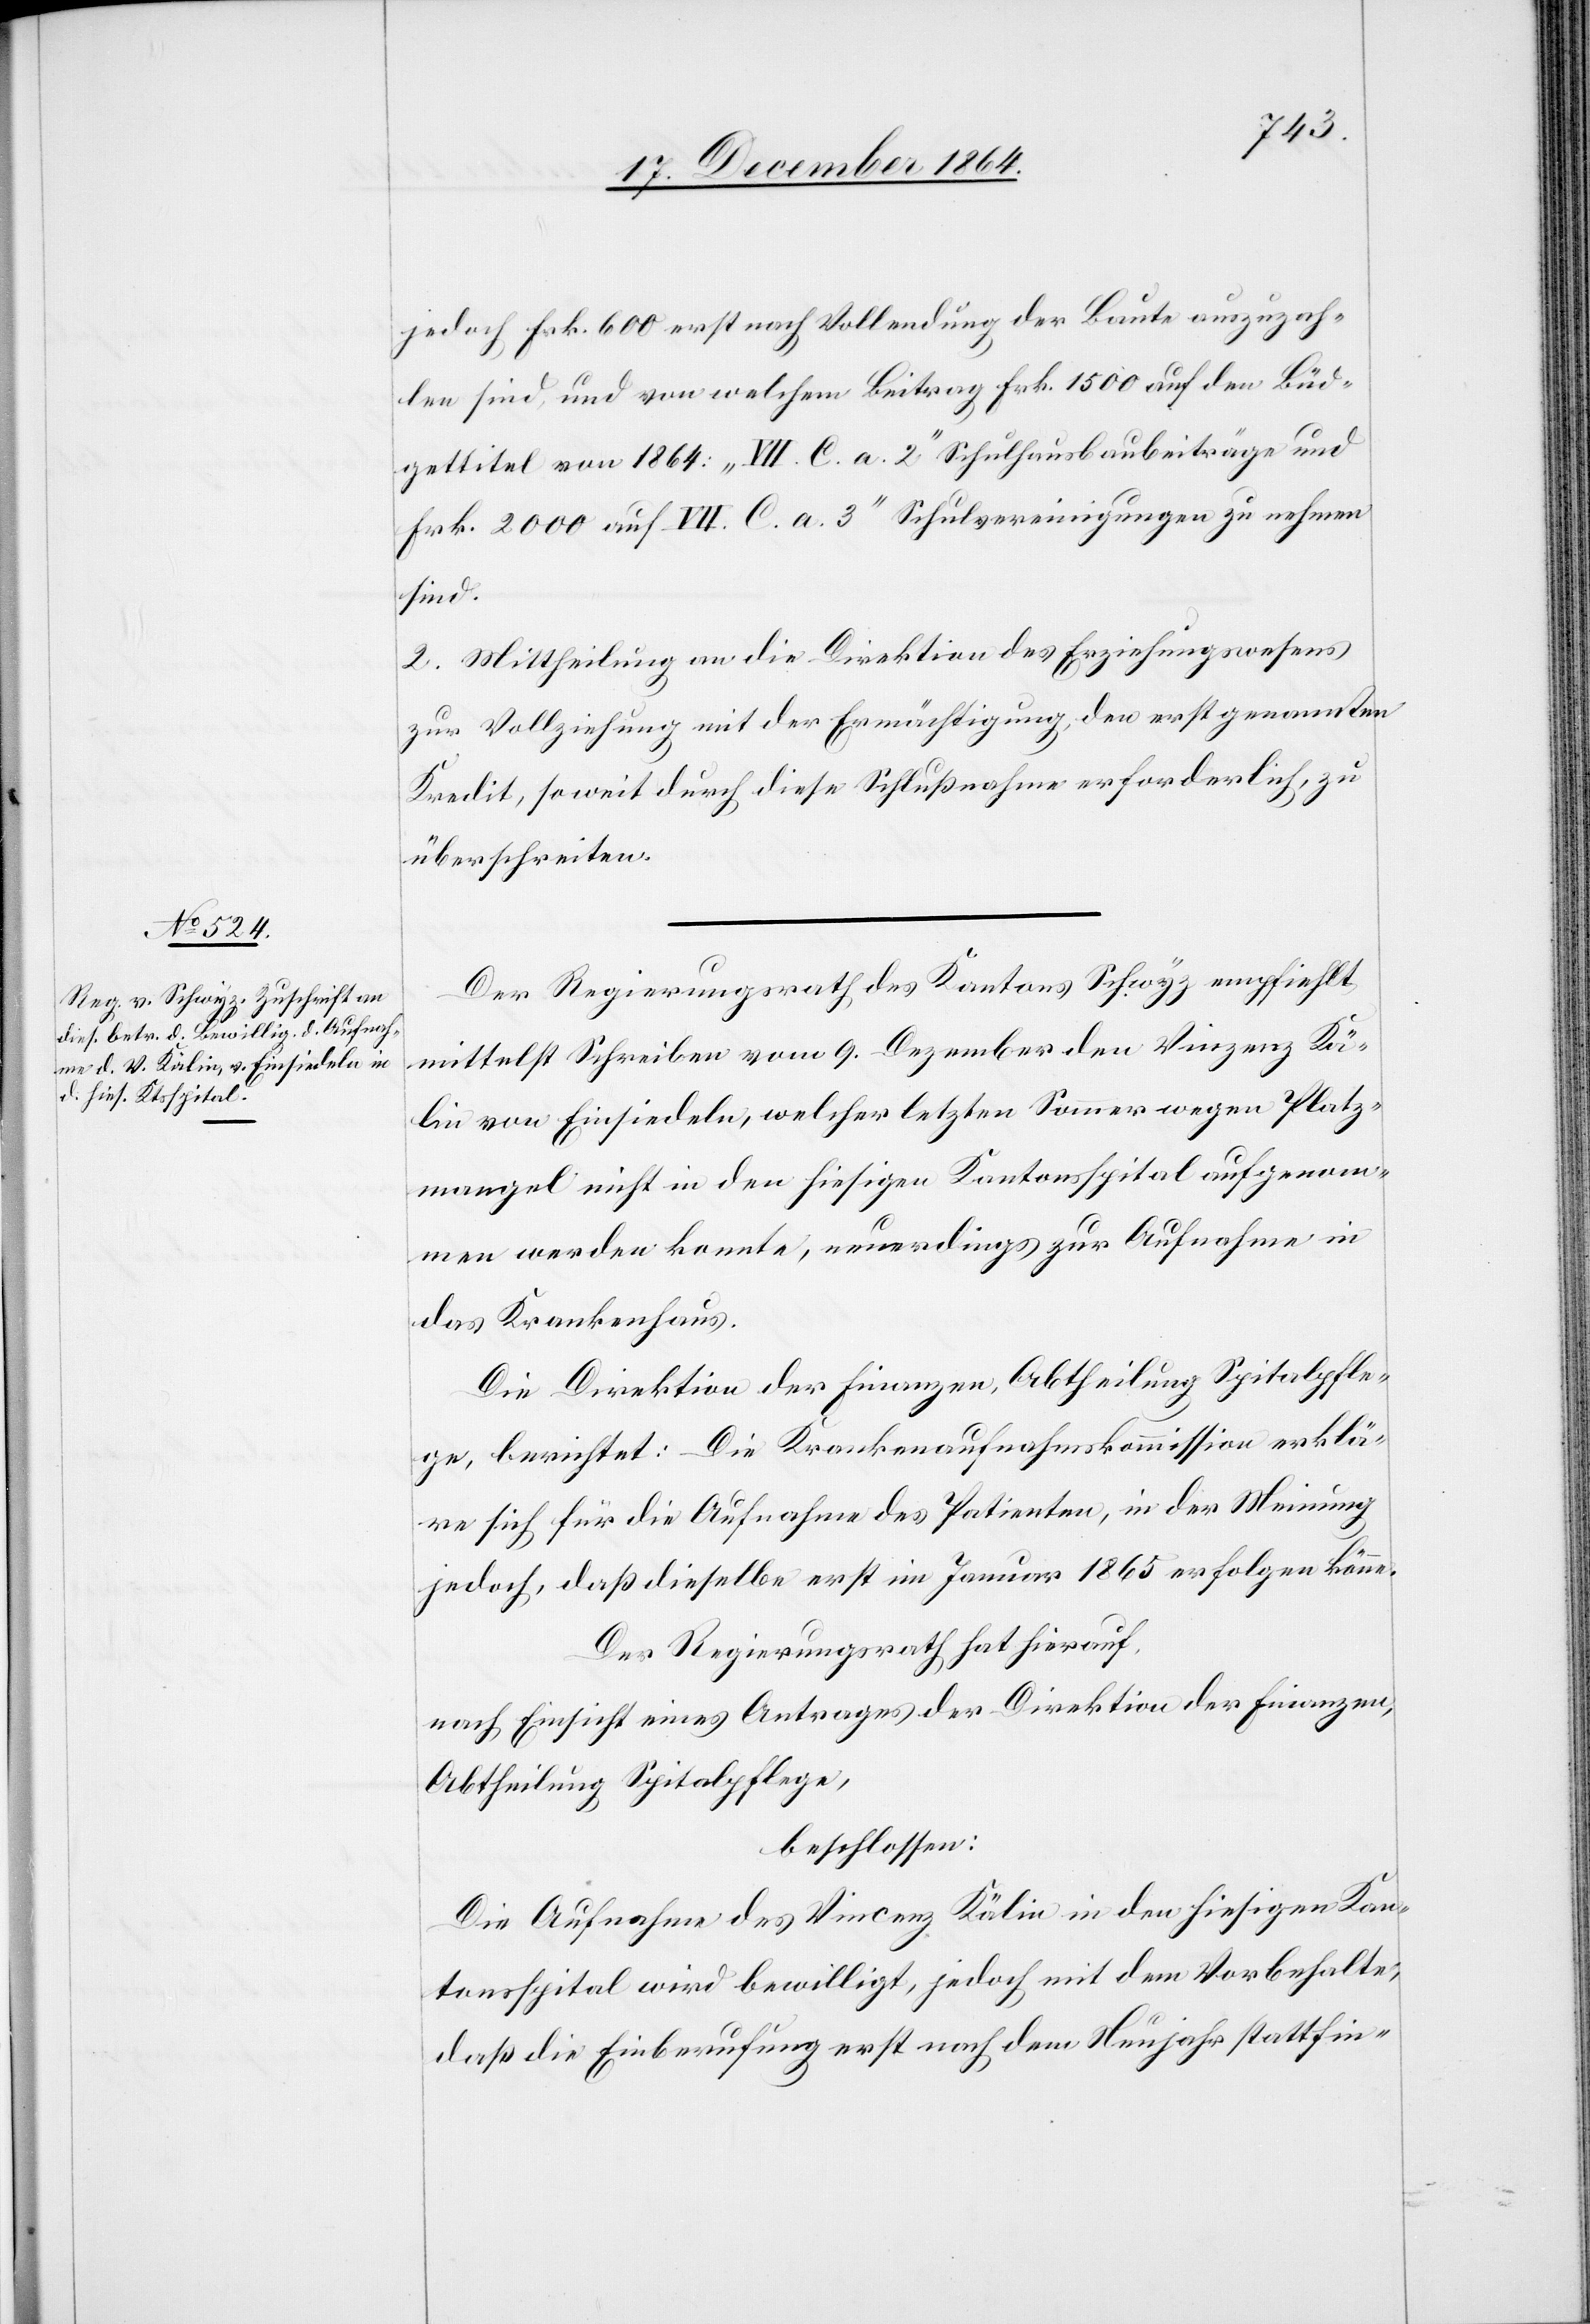
jedoch Frk. 600 erst nach Vollendung der Baute auszuzah¬
len sind, und von welchem Beitrag Frk. 1500 auf den Büd¬
gettitel von 1864: „VII. C. a. 2“ Schulhausbaubeiträge und
Frk. 2000 auf [„]VII. C. a. 3“ Schulvereinigungen zu nehmen
sind.
Mittheilung an die Direktion des Erziehungswesens
zur Vollziehung mit der Ermächtigung, den erst genannten
Kredit, soweit durch diese Schlußnahme erforderlich, zu
überschreiten.
Der Regierungsrath des Kantons Schwyz empfiehlt
mittelst Schreiben vom 9. Dezember den Vinzenz Kä¬
lin von Einsiedeln, welcher letzten Sommer wegen Platz¬
mangel nicht in den hiesigen Kantonsspital aufgenom¬
men werden konnte, neuerdings zur Aufnahme in
das Krankenhaus.
Die Direktion der Finanzen, Abtheilung Spitalpfle¬
ge, berichtet: Die Krankenaufnahmskommission erklä¬
re sich für die Aufnahme des Patienten, in der Meinung
jedoch, daß dieselbe erst im Januar 1865 erfolgen könne.
Der Regierungsrath hat hierauf,
nach Einsicht eines Antrages der Direktion der Finanzen,
Abtheilung Spitalpflege,
beschlossen:
Die Aufnahme des Vincenz [sic!] Kälin in den hiesigen Kan¬
tonsspital wird bewilligt, jedoch mit dem Vorbehalte,
daß die Einberufung erst nach dem Neujahr stattfin-